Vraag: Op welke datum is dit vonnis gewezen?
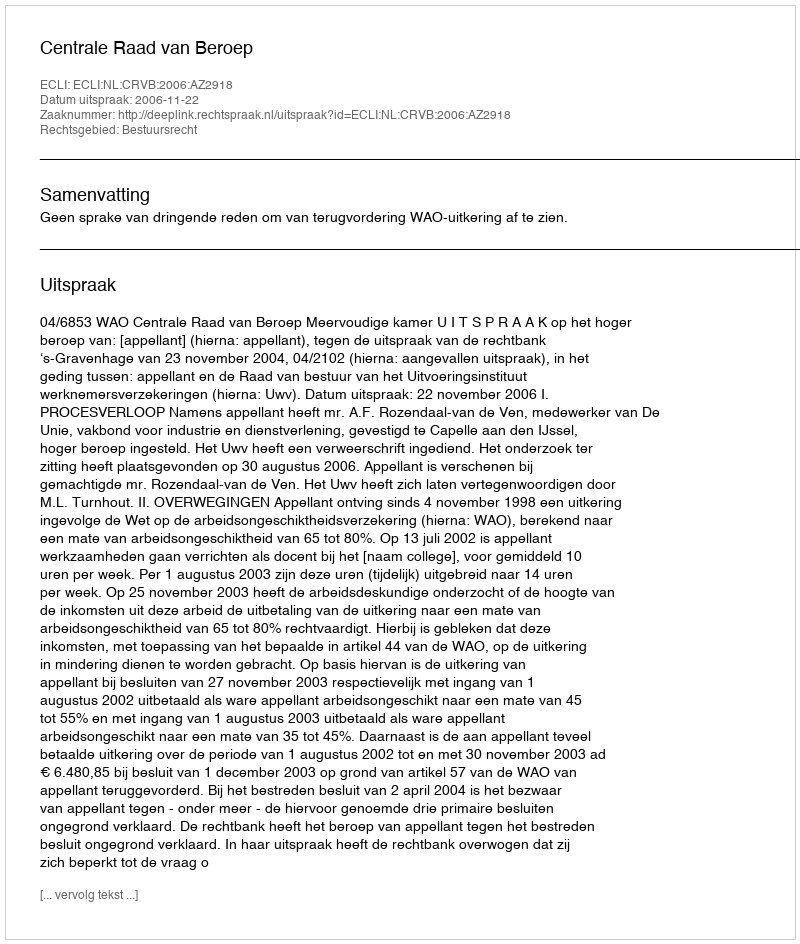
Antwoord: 2006-11-22